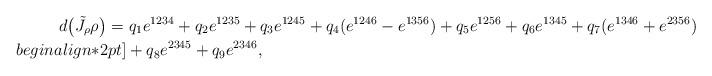
LaTeX: \begin{align*} d\big(\tilde J_\rho\rho\big)= \, & \, q_1e^{1234}+q_2e^{1235}+q_3e^{1245}+q_4(e^{1246}-e^{1356})+q_5e^{1256}+q_6e^{1345}+q_7(e^{1346}+e^{2356})\\begin{align*}2pt] & + q_8e^{2345}+q_9e^{2346}, \end{align*}